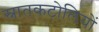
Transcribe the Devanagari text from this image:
स्नातकटोलियों